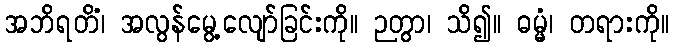
အဘိရတိံ၊ အလွန်မွေ့လျော်ခြင်းကို။ ဉတွာ၊ သိ၍။ ဓမ္မံ၊ တရားကို။